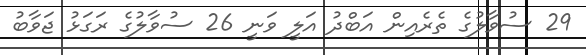
29 ސުވާލުގެ ތެރެއިން އަބްދު އަލީ ވަނީ 26 ސުވާލުގެ ރަގަޅު ޖަވާބު